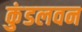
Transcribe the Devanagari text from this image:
कुंडलवन